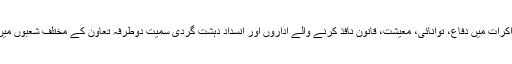
اس سے پہلے امریکی وزارتِ خارجہ کے ایک اہل کار نے بتایا تھا کہ مذاکرات میں دفاع، توانائی، معیشت، قانون نافذ کرنے والے اداروں اور انسداد دہشت گردی سمیت دوطرفہ تعاون کے مختلف شعبوں میں شرکت داری کے لیے تجاویز اور مواقع پر بھی تبادلۂ خیال کیاجائے گا۔